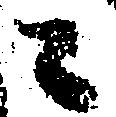
々